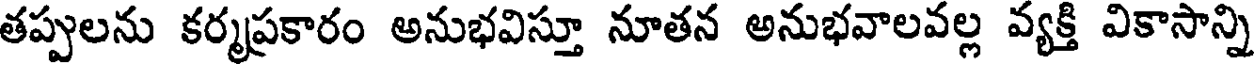
తప్పులను కర్మప్రకారం అనుభవిస్తూ నూతన అనుభవాలవల్ల వ్యక్తి వికాసాన్ని